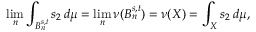
\operatorname* { l i m } _ { n } \int _ { B _ { n } ^ { s , t } } s _ { 2 } \, d \mu = \operatorname* { l i m } _ { n } \nu ( B _ { n } ^ { s , t } ) = \nu ( X ) = \int _ { X } s _ { 2 } \, d \mu ,